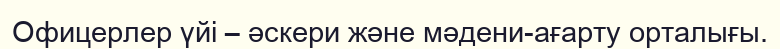
Офицерлер үйі – әскери және мәдени-ағарту орталығы.